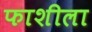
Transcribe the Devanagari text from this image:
फाशीला